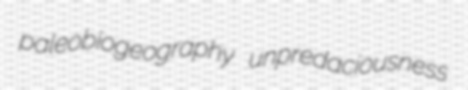
paleobiogeography unpredaciousness